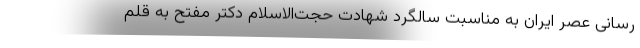
‌رسانی عصر ایران به مناسبت سالگرد شهادت حجت‌الاسلام دکتر مفتح به قلم